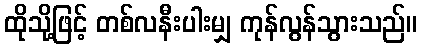
ထိုသို့ဖြင့် တစ်လနီးပါးမျှ ကုန်လွန်သွားသည်။